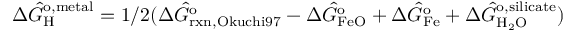
\Delta \hat { G } _ { \mathrm { H } } ^ { \mathrm { o , m e t a l } } = 1 / 2 ( \Delta \hat { G } _ { \mathrm { r x n , O k u c h i 9 7 } } ^ { \mathrm { o } } - \Delta \hat { G } _ { \mathrm { F e O } } ^ { \mathrm { o } } + \Delta \hat { G } _ { \mathrm { F e } } ^ { \mathrm { o } } + \Delta \hat { G } _ { \mathrm { H _ { 2 } O } } ^ { \mathrm { o , s i l i c a t e } } )